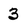
Character: 3